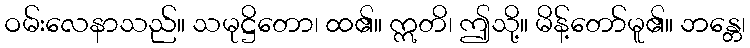
ဝမ်းလေနာသည်။ သမုဋ္ဌိတော၊ ထ၏။ ဣတိ၊ ဤသို့။ မိန့်တော်မူ၏။ ဘန္တေ၊